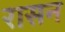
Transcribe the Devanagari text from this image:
रासन